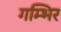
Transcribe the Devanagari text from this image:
गम्भिर